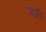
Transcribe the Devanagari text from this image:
अध्रुवि